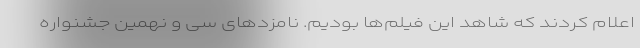
اعلام کردند که شاهد این فیلم‌ها بودیم. نامزدهای سی و نهمین جشنواره